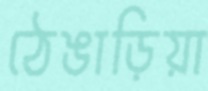
ঠেঙাড়িয়া